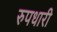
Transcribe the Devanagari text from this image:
रुपधारी